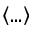
\left< . . . \right>